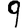
Digit: 9